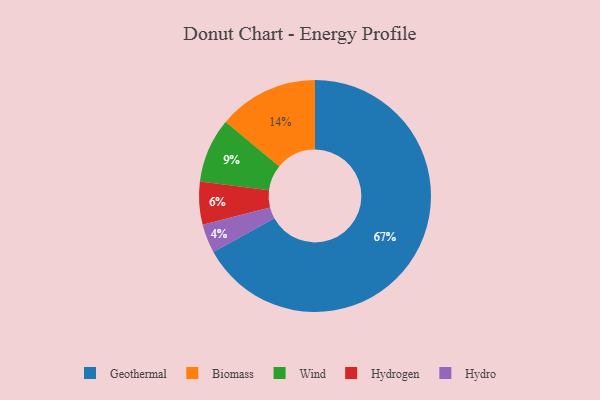
{"axis": {"x": "Category", "y": "Percentage"}, "legend": ["Biomass", "Geothermal", "Hydro", "Hydrogen", "Wind"], "data": [{"x": "Hydro", "y": 4, "type": "Hydro"}, {"x": "Geothermal", "y": 67, "type": "Geothermal"}, {"x": "Wind", "y": 9, "type": "Wind"}, {"x": "Hydrogen", "y": 6, "type": "Hydrogen"}, {"x": "Biomass", "y": 14, "type": "Biomass"}]}